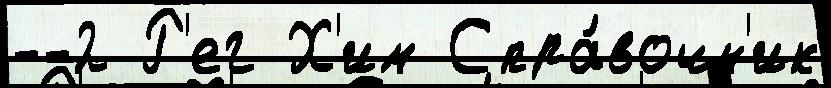
--2 Р'ег Х'им Спра́вочн'ик